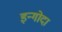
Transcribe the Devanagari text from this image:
इन्गोदा